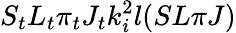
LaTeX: S_{t}L_{t}\pi_{t}J_{t}k_{i}^{2}l(SL\pi J)